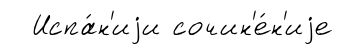
Испа́н'иjи сочин'е́н'иjе